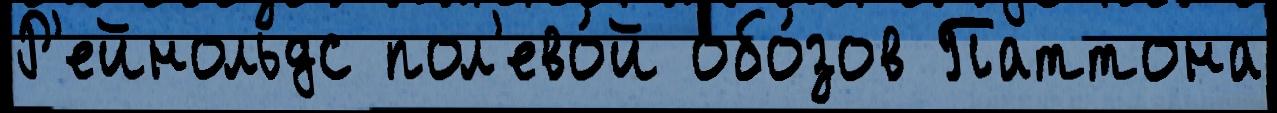
Р'ейнольдс пол'ево́й обо́зов Паттона